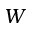
W